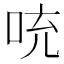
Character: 𪡁